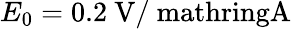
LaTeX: E_{0}=0.2\ \mathrm{V/\ mathring{A}}